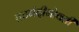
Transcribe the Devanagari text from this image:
तटबंदीभोवती